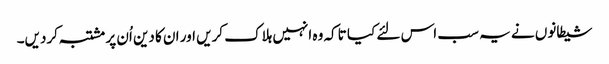
شیطانوں نے یہ سب اس لئے کیا تاکہ وہ انہیں ہلاک کریں اور ان کا دین اُن پر مشتبہ کردیں۔